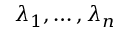
\lambda _ { 1 } , \ldots , \lambda _ { n }